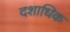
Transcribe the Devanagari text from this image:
दशाधिक